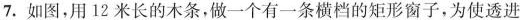
7.如图，用12米长的木条，做一个有一条横档的矩形窗子，为使透进